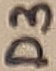
Text: D3